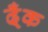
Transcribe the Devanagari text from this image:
ढ्ँक